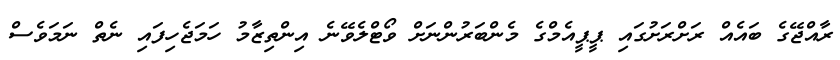
ރާއްޖޭގެ ބައެއް ރަށްރަށުގައި ޕީޕީއެމްގެ މެންބަރުންނަށް ވޯޓްލެވޭނެ އިންތިޒާމު ހަމަޖެހިފައި ނެތް ނަމަވެސް